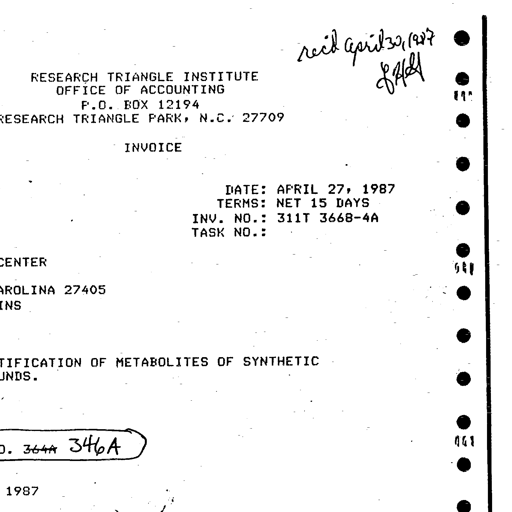
Transcript:
recd April 30, 1987
BHM
RESEARCH TRIANGLE INSTITUTE
OFFICE OF ACCOUNTING
P.O. BOX 12194
RESEARCH TRIANGLE PARK, N.C. 27709

INVOICE

DATE: APRIL 27, 1987
TERMS: NET 15 DAYS
INV. NO.: 311T 3668-4A
TASK NO.:

CENTER

AROLINA 27405
INS

TIFICATION OF METABOLITES OF SYNTHETIC
UNDS.

O. 364A 346A

1987